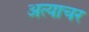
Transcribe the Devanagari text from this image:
अत्याचर